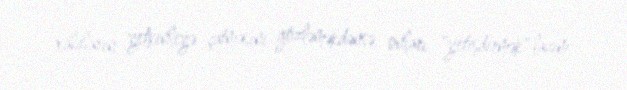
xalqların yetkinliyə çatmasını gözləməkdənsə, onları "yetişdirmək" lazım